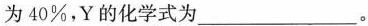
40%，Y的化学式为____。